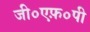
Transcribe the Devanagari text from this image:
जी०एफ़०पी